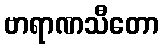
ဗာရာဏသီတော